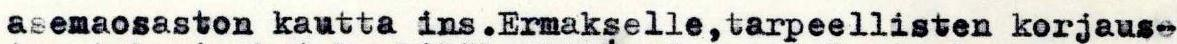
asemaosaston kautta ins .Ermakselle, tarpeellisten korjaus-